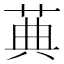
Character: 䓦